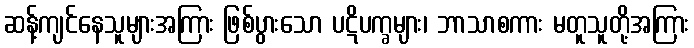
ဆန့်ကျင်နေသူများအကြား ဖြစ်ပွားသော ပဋိပက္ခများ၊ ဘာသာစကား မတူသူတို့အကြား